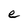
Character: e